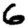
Digit: 6